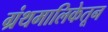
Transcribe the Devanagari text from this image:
ग्रंथमालिकेतून